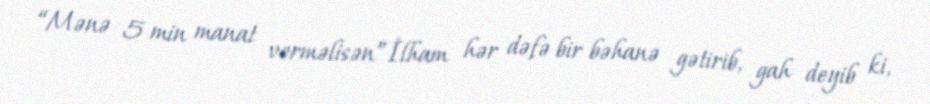
“Mənə 5 min manat verməlisən”İlham hər dəfə bir bəhanə gətirib, gah deyib ki,